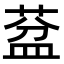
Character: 葐